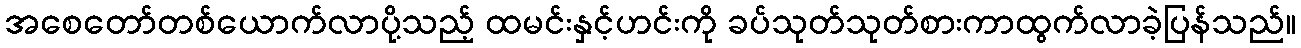
အစေတော်တစ်ယောက်လာပို့သည့် ထမင်းနှင့်ဟင်းကို ခပ်သုတ်သုတ်စားကာထွက်လာခဲ့ပြန်သည်။